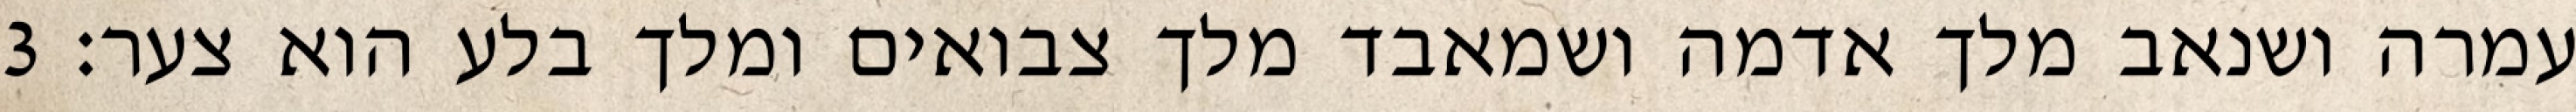
עמרה ושנאב מלך אדמה ושמאבד מלך צבואים ומלך בלע הוא צער׃ ‎3‏